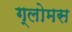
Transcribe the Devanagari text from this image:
ग्लोमस